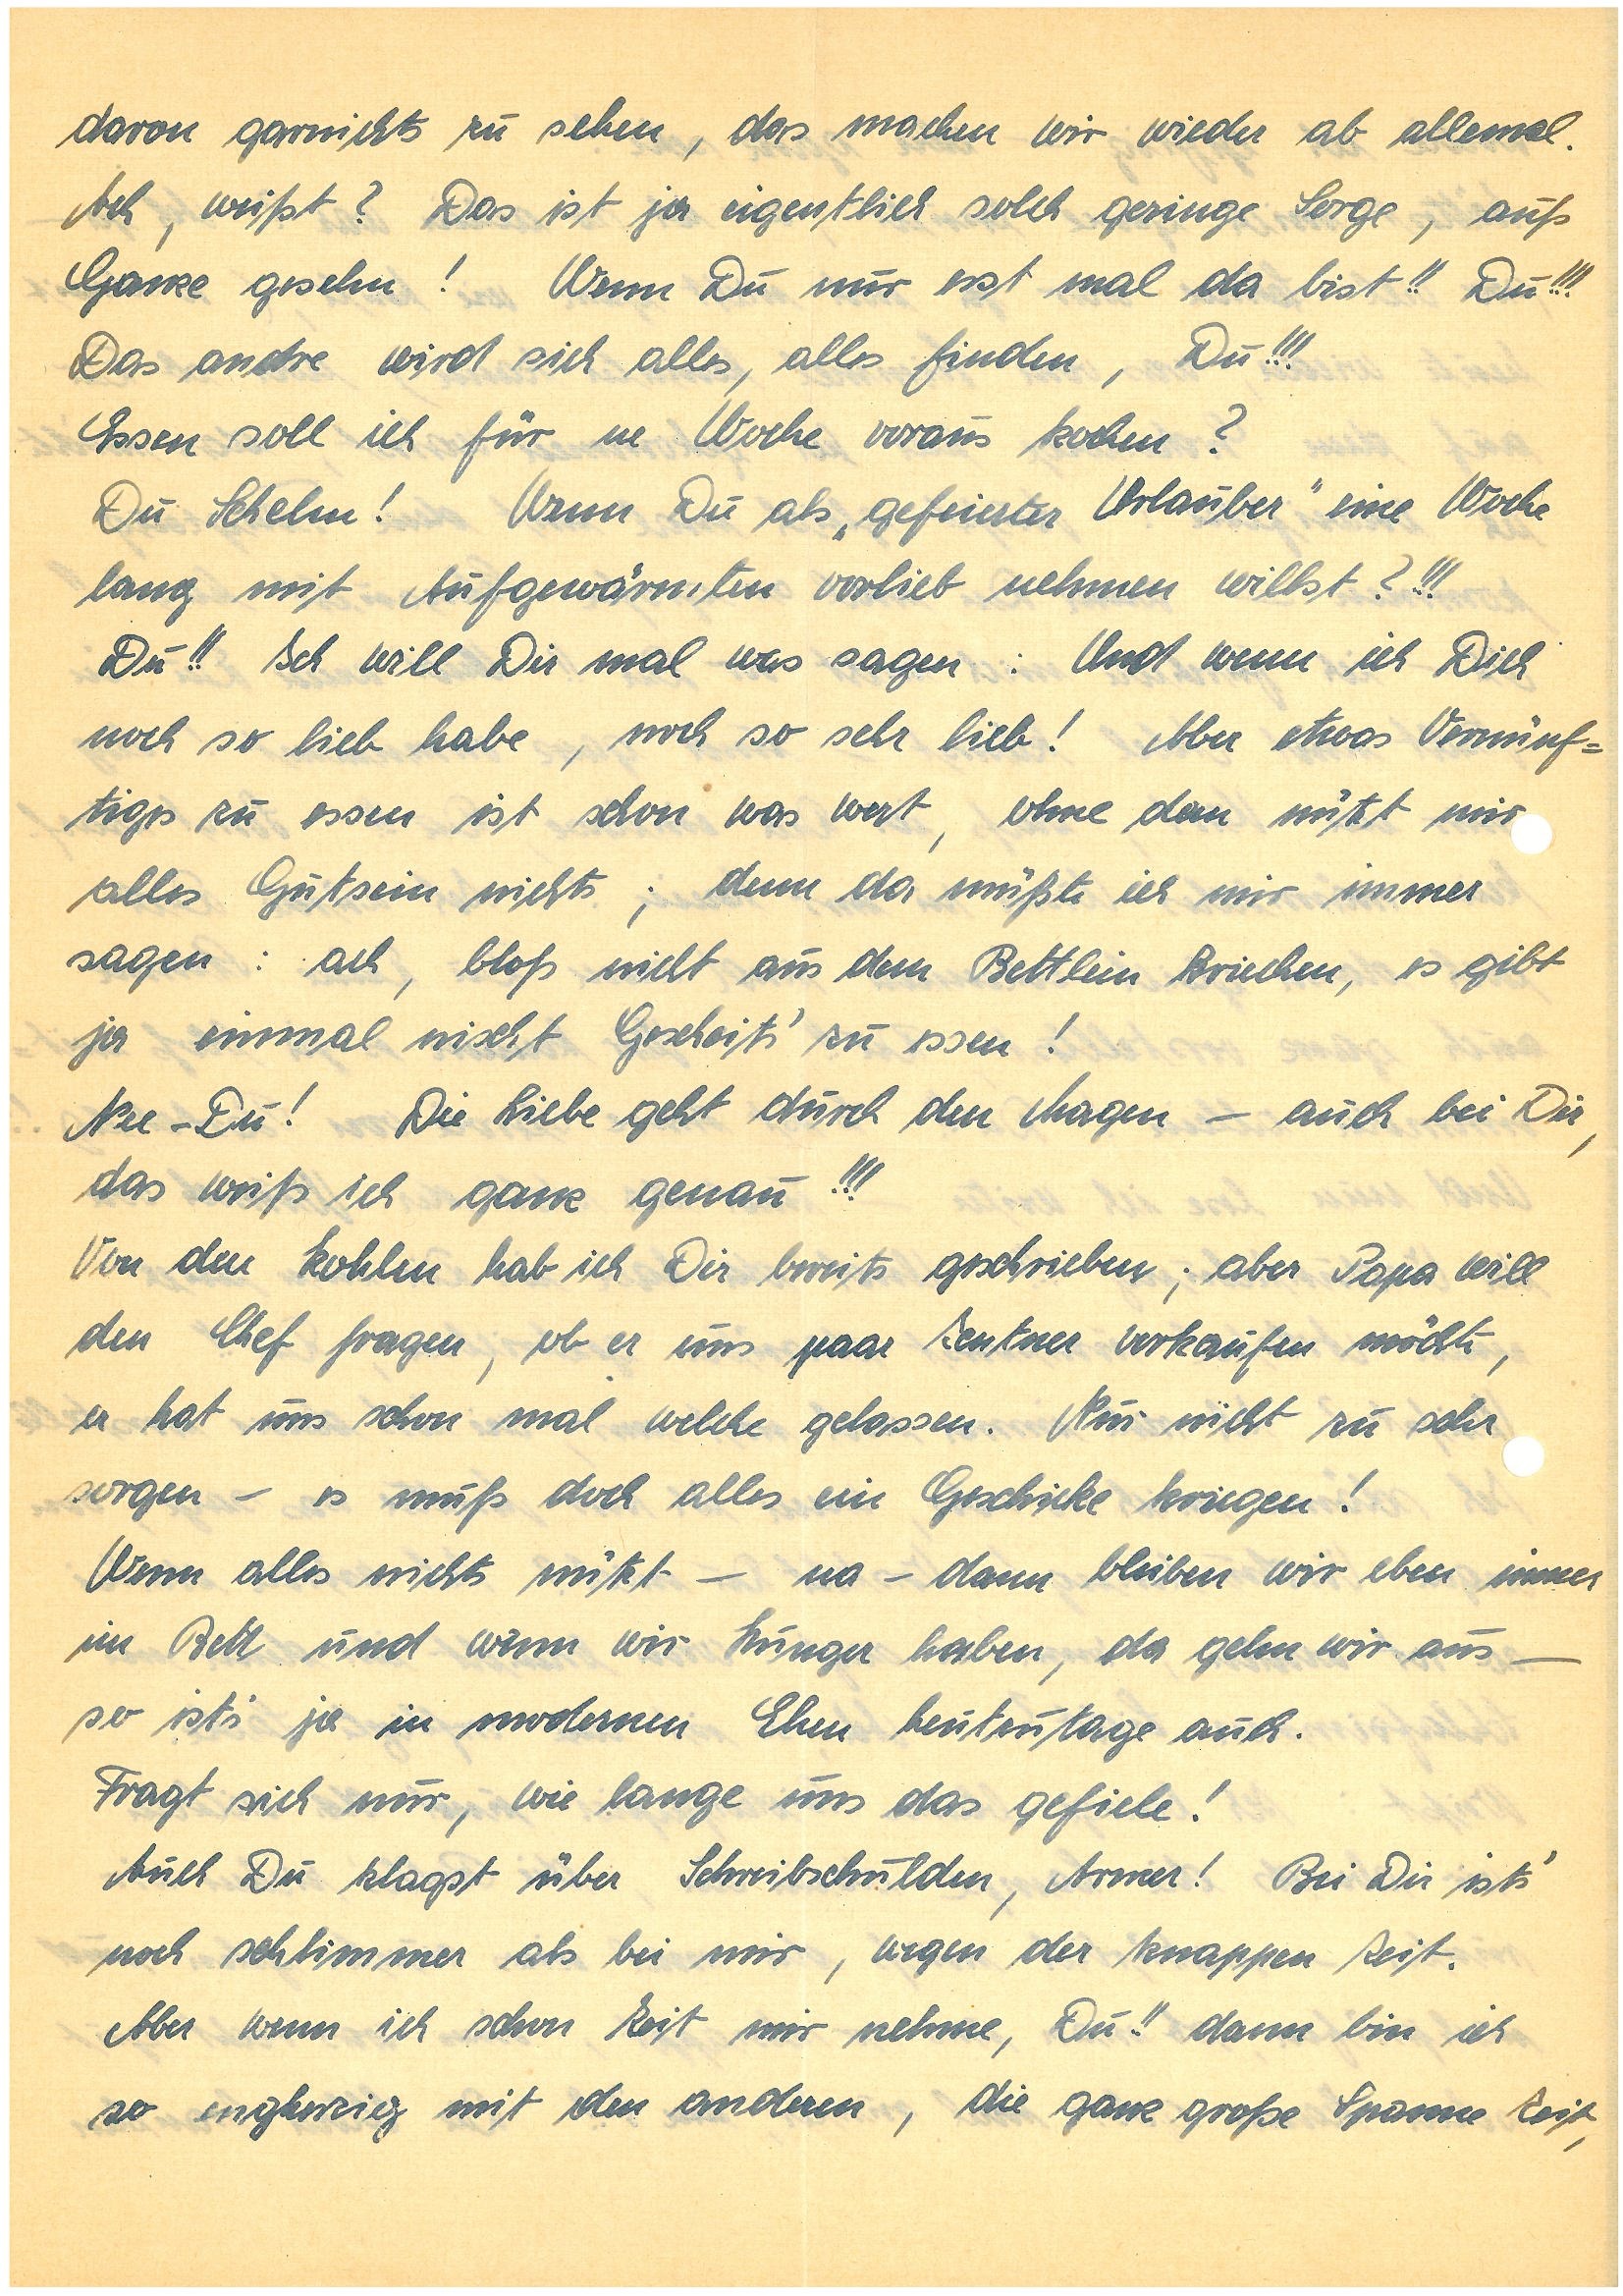
davon garnichts zu sehen, das machen wir wieder ab allemal.
Ach, weißt? Das ist ja eigentlich solch geringe Sorge, aufs
Ganze gesehen! Wenn Du nur erst mal da bist!! Du!!!
Das andre wird sich alles, alles finden, Du!!!
Essen soll ich für ne Woche voraus kochen?
Du Schelm! Wenn Du als “gefeierter Urlauber” eine Woche
lang mit Aufgewärmten vorlieb nehmen willst?!!
Du!! Ich will Dir mal was sagen: Und wenn ich Dich
noch so liebe habe, noch so sehr lieb! Aber etwas Vernünf¬
tiges zu essen ist schon was wert, ohne dem nützt mir
alles Gutsein nichts; denn da müßte ich mir immer
sagen: ach, bloß nicht aus dem Bettlein kriechen, es gibt
ja einmal nischt Gescheits’ zu essen!
Nee – Du! Die Liebe geht durch den Magen – auch bei Dir,
das weiß ich ganz genau!!!
Von den Kohlen hab ich Dir bereits geschrieben; aber Papa will
den Chef fragen, ob er uns paar Zentner verkaufen möchte,
er hat uns schon mal welche gelassen. Nur nicht zu sehr
sorgen – es muß doch alles ein Geschicke kriegen!
Wenn alles nichts nützt – na – dann bleiben wir eben immer
im Bett und wenn wir Hunger haben, da gehn wir aus –
so ist’s ja in modernen Ehen heutzutage auch.
Fragt sich nur, wie lange uns das gefiele!
Auch du klagst über Schreibschulden, Armer! Bei Dir ist’s
noch schlimmer als bei mir, wegen der knappen Zeit.
Aber wenn ich schon Zeit mir nehme, Du!! dann bin ich
so engherzig mit den anderen, die ganz große Spanne Zeit,